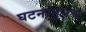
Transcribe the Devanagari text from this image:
घटनांतूनच